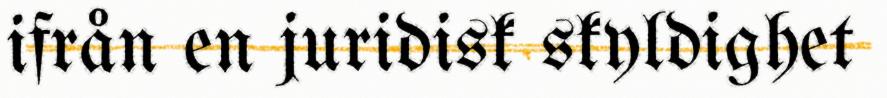
ifrån en juridisk skyldighet